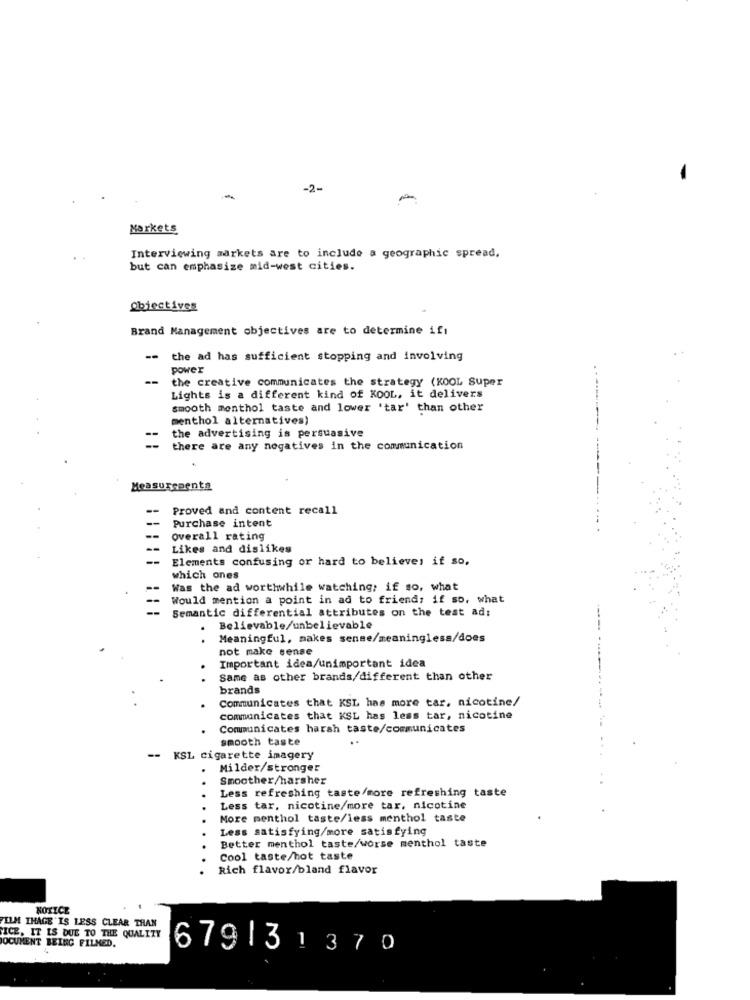
-2-
-
-
Markets
Interviewing markets are to include a geographic spread,
but can emphasize mid-west cities.
Objectives
Brand Management objectives are to determine ifi
--
the ad has sufficient stopping and involving
power
--
the creative communicates the strategy (KOOL Super
Lights is a different kind of KOOL, it delivers
smooth menthol taste and lower 'tar' than other
menthol alternatives)
the advertising is persuasive
there are any negatives in the communication
Measurements
-----
--
Proved and content recall
--
Purchase intent
--
Overall rating
- -
Likes and dislikes
--
Elements confusing or hard to believe, if so.
which ones
Was the ad worthwhile watching; if so, what
Would mention a point in ad to friends if so, what
Semantic differential attributes on the test ad:
. Believable/unbelievable
Meaningful, makes sense/meaningless/does
not make sense
Important idea/unimportant idea
Same as other brands/different than other
brands
Communicates that KSL has more tar, nicotine/
communicates that KSL has less tar, nicotine
Communicates harsh taste/communicates
smooth taste
..
KSL cigarette imagery
Milder/stronger
Smoother/harsher
Less refreshing taste/more refreshing taste
Less tar, nicotine/more tar, nicotine
More menthol taste/less menthol taste
Less satisfying/more satisfying
Better menthol taste/worse menthol taste
Cool taste/hot taste
Rich flavor/bland flavor
NOTICE
FILM THAGE "IS LESS CLEAR THAN
ICE, IT IS DUE TO THE QUALITY
OCUMENT BEING FILMED.
679|31370